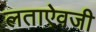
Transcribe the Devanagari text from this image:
लताऐवजी